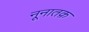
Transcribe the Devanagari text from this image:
नूनातक़